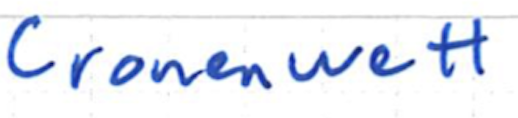
Text: Cronenwett
Cross-out: clean
Writing tool: ballpoint